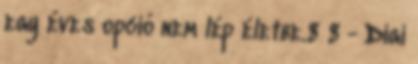
egy éves opció nem lép életbe.8 8 - Digi